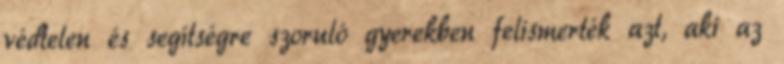
védtelen és segítségre szoruló gyerekben felismerték azt, aki az